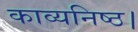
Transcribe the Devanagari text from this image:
काव्यनिष्ठ।